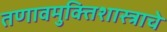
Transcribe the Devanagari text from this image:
तणावमुक्तिशास्त्राचे